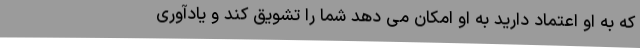
که به او اعتماد دارید به او امکان می دهد شما را تشویق کند و یادآوری